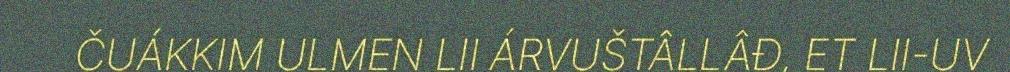
ČUÁKKIM ULMEN LII ÁRVUŠTÂLLÂĐ, ET LII-UV